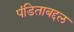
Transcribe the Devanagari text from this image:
पंडिताबद्दल